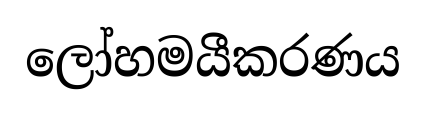
ලෝහමයීකරණය